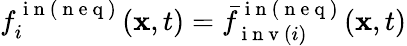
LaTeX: f_{i}^{\mathrm{~i~n~(~n~e~q~)~}}(\mathbf{x},t)=\bar{f}_{\mathrm{~i~n~v~}(i)}^{\mathrm{~i~n~(~n~e~q~)~}}(\mathbf{x},t)